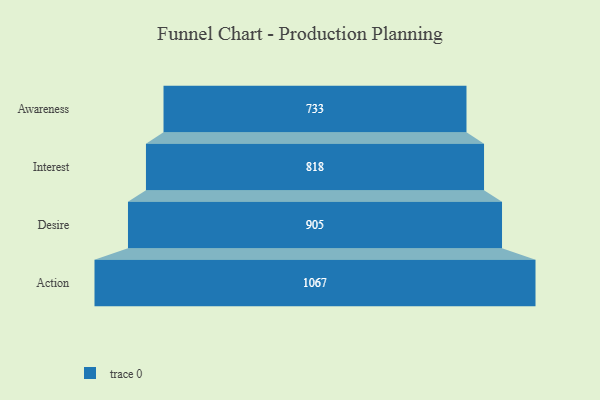
{"axis": {"x": "Stage", "y": "Value"}, "legend": [""], "data": [{"x": "Awareness", "y": 733.0, "type": ""}, {"x": "Interest", "y": 818.0, "type": ""}, {"x": "Desire", "y": 905.0, "type": ""}, {"x": "Action", "y": 1067.0, "type": ""}]}